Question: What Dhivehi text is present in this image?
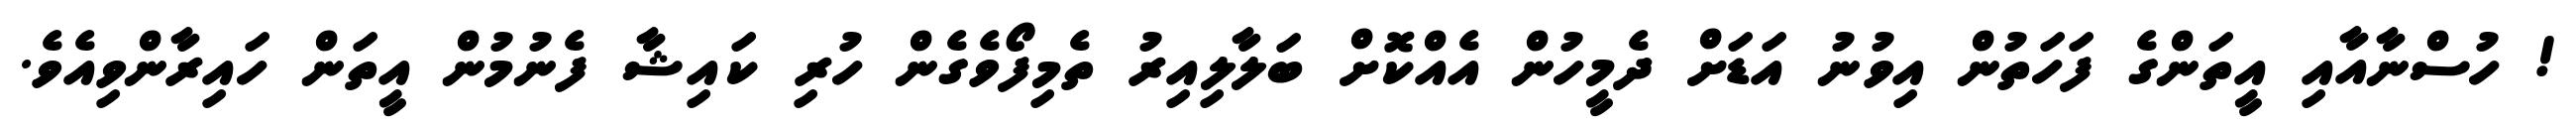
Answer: ! ހުސްނާއާއި އީތަންގެ ފަހަތުން އިވުނު އަޑަށް ދެމީހުން އެއްކޮށް ބަލާލިއިރު ތެމިފޯވެގެން ހުރި ކައިޝާ ފެނުމުން އީތަން ހައިރާންވިއެވެ.